Indian journal of veterinary science and animal husbandry - Volumes 15-17, 1948-1951
Year: 1948
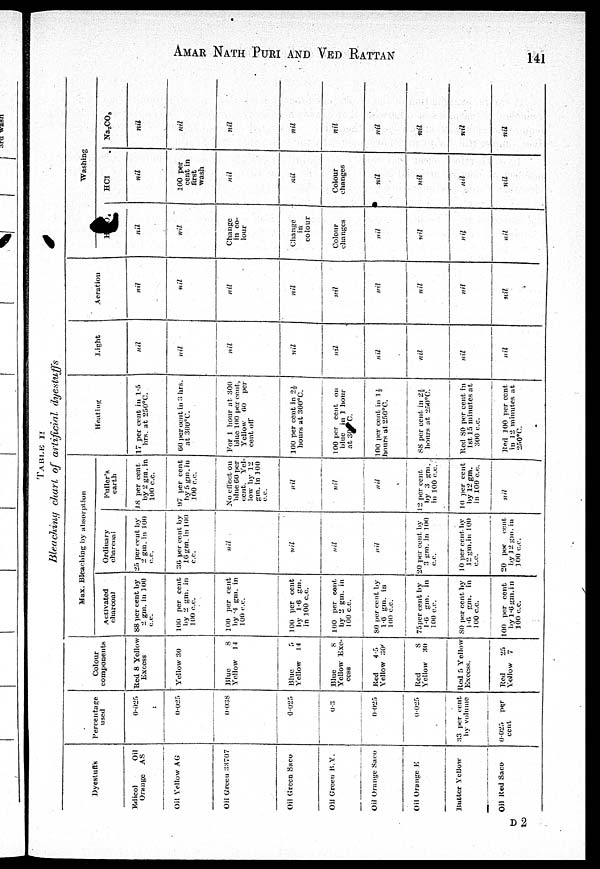
AMAR NATH PURI AND VED RATTAN 141
TABLE II
Bleaching churt, of artificial
dyestuffs
Dyestufis
Edicol
Oil
Orange
AS
Oil Yellow AG
Oil Green 33707
Oil Green Saco
Oil Green B. Y.
Oil Orange Saco
Oil Orange E
Butter Yellow
Oil Red Saco
Percentage
used
0.025
0.025
0.038
0.025
0.3
0.025
0.025
33 per cent
by volume
0.025
per
cent
Colour
components
Red 8 Yellow
Excess
Yellow 30
Blue 8
Yellow
14
Blue 5
Yellow
14
Blue
8
Yellow Exe-
cess
Red
4.5
Yellow
30
Red
8
Yellow
30
Red 5 Yellow
Excess.
Red
25
Yellow 7
Max. Bleaching by absorption
Activated
charcoal
88 per cent by
2 gm. in 100
c.c.
100 per cent
by 2 gm. in
100 c.c.
100 per cent
by 4 gm. in
100 c.c.
100 per cent
by 1.6 gm.
in 100 c.c.
100 per cont
by 2 gm. in
100 c.c.
80 per cent by
1.6 gm. in
100 c.c.
75 per cent by
1.6 gm. in
100 c.c.
80 per cent by
1.6 gm.
in
100 c.c.
100 per cent
by 1.6 gm.in
100 c.c.
Ordinary
charcoal
25 per cent by
2 gm. in 100
c.c.
36 per cent by
16 gm. in 100
c.c.
nil
nil
nil
nil
20 per cent by
3 gm. in 100
c.c.
10 per cent by
12 gm.in 100
c.c.
20
per
cent
by 12 gm. in
100 c.c.
Fuller's
earth
18 per cent
by 2 gm. in
100 c.c.
97 per cent
by 5 gm. in
100 c.c.
No effect on
blue 60 per
cent.
Yel-
low by 12
gm. in 100
c.c.
nil
nil
nil
12 per cent
by 3 gm.
in 100 c.c.
10 per cent
by 12 gm.
in 100 c.c.
nil
Heating
17 per cent in 1.5
hrs. at 250°C.
60 per cent in 3 his.
at 300°C.
For 1 hour at 300
blue 100 per cent,
Yellow
60
per
cent off
100 per cent in 2½
hours at 300°C.
100 per cent on
blue in 1 hour
at 30 C.
100 per cent in 1½
hours at 250°C.
88 per cent in 2½
hours at 250°C.
Red 80 per cent in
1st 15 minutes at
300 c.c.
Red 100 per cent
in 12 minutes at
250°C.
Light
nil
nil
nil
nil
nil
nil
nil
nil
nil
Aeration
nil
nil
nil
nil
nil
nil
nil
nil
nil
Washing
H O
nil
nil
Change
in co-
lour
Change
in
colour
Colour
changes
nil
nil
nil
nil
HCl
nil
100 per
cent in
first
wash
nil
nil
Colour
changes
nil
nil
nil
nil
Na2CO3
nil
nil
nil
nil
nil
nil
nil
nil
nil
D 2